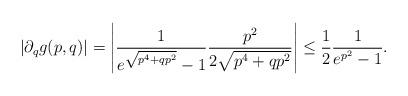
LaTeX: \begin{align*} |\partial_q g(p,q)| = \left| \frac{1}{e^{\sqrt{p^4+qp^2}}-1} \frac{p^2}{2 \sqrt{p^4+qp^2}}\right| \leq \frac{1}{2} \frac{1}{e^{p^2}-1}.\end{align*}